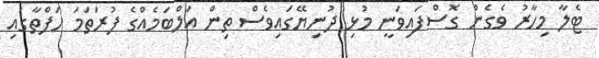
ޓެލާ މިހާރު ވެގެން ގޮސްފައިވަނީ މުޅި ދުނިޔޭގައިވެސް ތިން އަލްބަމެއްގެ ފުރަތަމަ ހަފްތާގައި